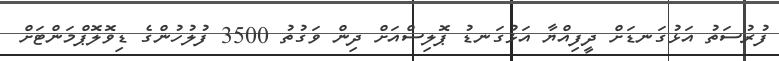
ފުރުސަތު އަޅުގަނޑަށް ދީފިއްޔާ އަޅުގަނޑު ޕޮލިސްއަށް ދިން ވަގުތު 3500 ފުލުހުންގެ ޑިވޮލޮޕްމަންޓަށް